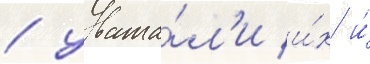
/ уважа́л'и и́х и́